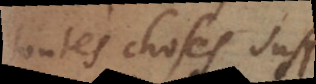
toutes choses suff